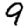
Digit: 9